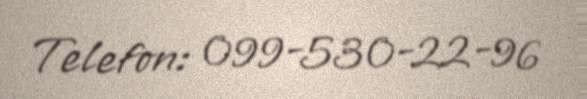
Telefon: 099-530-22-96